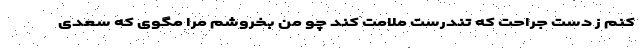
کنم ز دست جراحت که تندرست ملامت کند چو من بخروشم مرا مگوی که سعدی